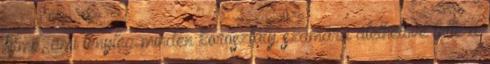
filmé, ami tényleg minden korosztály számára átélhetővé tette a